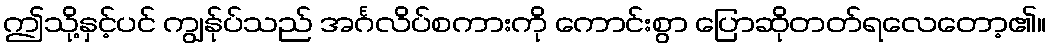
ဤသို့နှင့်ပင် ကျွန်ုပ်သည် အင်္ဂလိပ်စကားကို ကောင်းစွာ ပြောဆိုတတ်ရလေတော့၏။